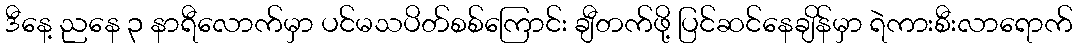
ဒီနေ့ ညနေ ၃ နာရီလောက်မှာ ပင်မသပိတ်စစ်ကြောင်း ချီတက်ဖို့ ပြင်ဆင်နေချိန်မှာ ရဲကားစီးလာရောက်